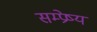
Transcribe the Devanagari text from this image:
सम्प्रेष्य